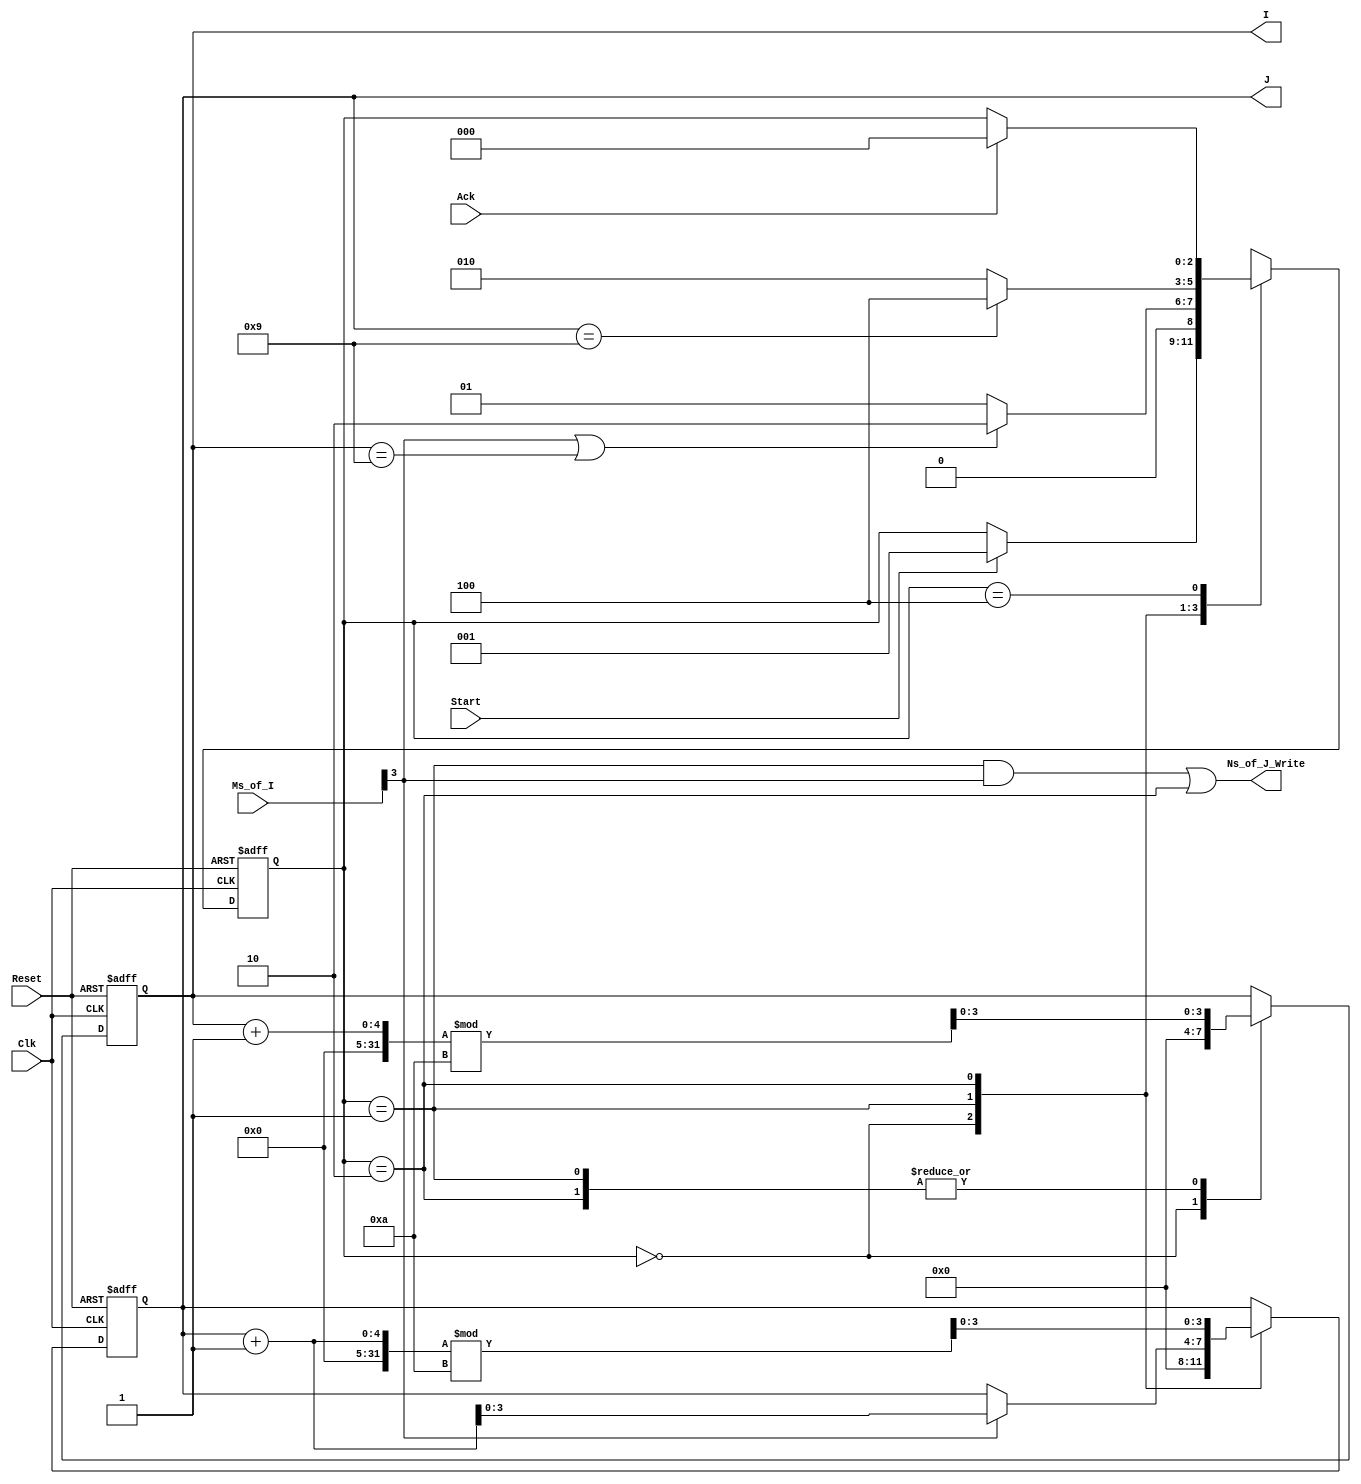
//////////////////////////////////////////////////////////////////////////////
//
// Copyright (c) 2010 Gandhi Puvvada, EE-Systems, VSoE, USC
//
// This design exercise, its solution, and its test-bench are confidential items.
// They are University of Southern California's (USC's) property. All rights are reserved.
// Students in our courses have right only to complete the exercise and submit it as part of their course work.
// They do not have any right on our exercise/solution or even on their completed solution as the solution contains our exercise.
// Students would be violating copyright laws besides the University's Academic Integrity rules if they post or convey to anyone
// either our exercise or our solution or their solution (their completed exercise). 
// 
// THIS COPYRIGHT NOTICE MUST BE RETAINED AS PART OF THIS FILE (AND ITS SOLUTION AND/OR ANY OTHER DERIVED FILE) AT ALL TIMES.
//
//////////////////////////////////////////////////////////////////////////////
//
// A student would be violating the University's Academic Integrity rules if he/she gets help in writing or debugging the code 
// from anyone other than the help from his/her teaching team members in completing the exercise(s). 
// However he/she can discuss with fellow students the method of solving the exercise. 
// But writing the code or debugging the code should not be with the help of others. 
// One should never share the code or even look at the code of others (code from classmates or seniors 
// or any code or solution posted online or on GitHub).
// 
// THIS NOTICE OF ACADEMIC INTEGRITY MUST BE RETAINED AS PART OF THIS FILE (AND ITS SOLUTION AND/OR ANY OTHER DERIVED FILE) AT ALL TIMES.
//
//////////////////////////////////////////////////////////////////////////////



// ---------------------------------------------------------------------------------
//  Module: copy_array_to_array_imp2
// 	By: Ananth Rampura Sheshagiri Rao, Gandhi Puvvada

//  Description: Given a sorted array M[I] of ten unsigned numbers,
//  create an array N[J] of ten signed numbers. 
//				The 2-D arrays of memory
//               are declared in the testbench and the index and corresponding 
//               element are passed between the testbench and UUT.
// ---------------------------------------------------------------------------------

`timescale 1 ns / 100 ps

module copy_array_to_array_imp2 (Reset, Clk, Start, Ack, Ms_of_I, Ns_of_J_Write, I, J);

// Special note:  // ** TODO **  Actually there is nothing to do here, 
		// except you read this paragraph carefully.
// The testbench or the TOP design has the memory arrays.
// This sub-design sends I to the top and received M[I], 
// inspects if M[I][3] is 0 or 1 to see if the number 
// belongs to chunk#1 or chunk#2.
// To deposit it into Ns_of_J (standing for N[J]), this sub-design sends
// to the testbench or the TOP the two items, J and Ns_of_J_Write.  Ns_of_J gets   
// written at the end of the clock synchronously in the testbench or the TOP design.
// The pointers I and J are maintained and updated here in the sub-design.

//inputs and outputs declaration
input Reset, Clk;
input Start, Ack;
input [3:0] Ms_of_I; // Ms_of_I stands for M[I]; similarly Ns_of_J stands for N[J]
output Ns_of_J_Write;
output [3:0] I, J; //I and J are counters for memory indexing

// reg and wire declaration
wire Ns_of_J_Write;
reg [3:0] I,J;  
reg [2:0] state;

// State machine states
localparam
 INI   = 3'b000,
 LS2C  = 3'b001,
 CBC   = 3'b010,
 DONE  = 3'b100,
 UNKN  = 3'bxxx;
 
localparam 
 Imax  = 4'b1001, Jmax = 4'b1001; // Both Imax and Jmax are 9. 0 to 9 make ten elements.
 
// OFL  // ** TODO **  Actually there is nothing to do here, 
		// except you read this paragraph carefully.
// Note: Here we have deviated from our RTL coding style and created a combinational OFL
assign Ns_of_J_Write = ( ((state == LS2C) && (Ms_of_I[3]) ) || (state == CBC) );
// Note that we should not, by mistake, be generating the above signal, Ns_of_J_Write, 
// in the clocked procedural block below. If we do so, we will have a clock delay 
// in activating (and inactivating) Ns_of_J_Write. Solely to make this point, we have 
// coded the design with memories in the top/test bench.  

//start of state machine
always @(posedge Clk, posedge Reset) //asynchronous active_high Reset
 begin  
	   if (Reset) 
	       begin
	           I <= 4'bXXXX;
	           J <= 4'bXXXX;
			   state <= INI;
	       end
       else // under positive edge of the clock
         begin
            case (state) // state and data transfers
                 INI:
					begin
					// state transitions
                        if(Start) 
							state <= LS2C;
					// RTL in DPU
					   	I <= 4'b0000;
						J <= 4'b0000;
					end
                       
                 LS2C:       // ** TODO **  complete RTL Operations and State Transitions            
                    begin  // Please see the "assign Ns_of_J_Write = ...." line in the OFL
					// state transitions
                    if (Ms_of_I[3] == 1 || I == 9)
					   state <= CBC;
					else
					   state <= LS2C;
					//RTL
                    I <= (I + 1) % 10;
                    if (Ms_of_I[3] == 1)
                        J <= J + 1;
                    // N[J] = M[I]
                    end
					
                 CBC:       // ** TODO **  complete RTL Operations and State Transitions
					begin // Please see the "assign Ns_of_J_Write = ...." line in the OFL
					// state transitions
                    if (J == 9)
                        state <= DONE;
                    else
                        state <= CBC;
					//RTL
                    I <= (I + 1) % 10;
                    J <= (J + 1) % 10;
                    end
                                               
                 DONE:
                    begin
                        if(Ack)
							state <= INI;
						// else state <= DONE;
                    end
				default: 
                    begin
                         state <= UNKN;    
                    end
            endcase
         end   
 end // end of always procedural block 
               
 endmodule